Annual statistical returns and brief notes on vaccination in Bengal - 1909-1929
Year: 1909
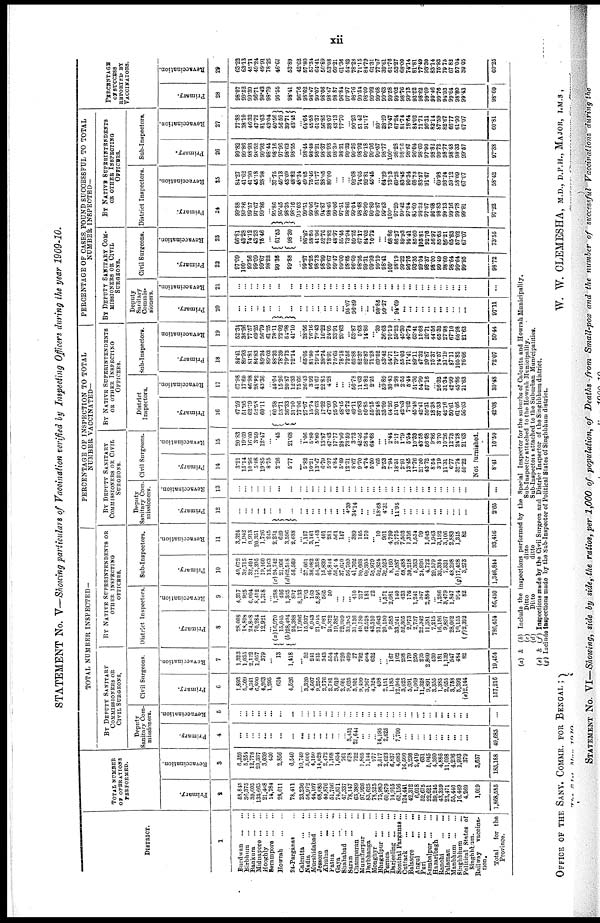
xii
STATEMENT No. V—Showing particulars of Vaccination verified by Inspecting Officers during the year 1909-10.
DISTRICT.
1
Burdwan...
...
Birbhum...
...
Bankura...
...
Midnapore...
...
Hooghly...
...
Serampore...
...
Howrah...
...
24-Parganas... ...
Calcutta...
...
Nadia...
...
Murshidabad... ...
Jessore...
...
Khulna...
...
Patna...
...
Gaya...
...
Shahabad... ...
Saran...
...
Champaran... ...
Muzaffarpur...
...
Darbhanga... ...
Monghyr...
...
Bhagalpur...
...
Purnea...
...
Darjeeling... ...
Sonthal Parganas...
Cuttack...
...
Balasore...
...
Angul...
...
Puri...
...
Barabalpur...
...
Hazaribagh ... ...
Ranchi...
...
Palamau...
...
Manbhum...
...
Singhbhum... ...
Political States of
Singhbhum.
Railway
vaccina-
tion.
Total
for the
Province.
TOTAL NUMBER
OF OPERATIONS
PERFORMED.
Primary.
2
53,845
36,375
39,605
133,665
21,468
14,784
28,011
78,411
23,236
56,972
44,107
68,685
40,876
51,756
74,571
47,337
78,047
63,389
97,926
83,625
78,525
75,980
60,879
14,915
65,156
124,441
42,312
6,018
52,675
22,621
89,245
43,359
23,471
55,440
16,469
4,269
1,019
1,868,585
Revaccination.
3
6,350
5,254
12,778
29,387
3,039
430
2,856
6,540
10,749
3,000
4,150
14,028
2,472
1,168
1,654
761
678
722
1,865
1,144
977
2,517
2,623
6,837
4,685
16,560
3,230
2,419
631
5,045
4,360
4,886
11,098
4,296
1,993
379
3,657
185,188
TOTAL NUMBER INSPECTED—
BY DEPUTY SANITARY
COMMISSIONERS OR
CIVIL SURGEONS.
Deputy
Sanitary Com-
missioners.
Primary.
4
...
...
...
... ...
...
...
...
...
...
...
...
...
...
...
... 3,431
21,644
...
...
... 14,195
2,625
... 7,790
...
...
...
...
...
... ...
... ...
...
...
...
49,685
Revaccination.
5
...
...
... ...
...
...
...
...
...
...
...
...
...
...
...
...
...
...
...
...
...
...
...
...
...
...
...
...
...
...
...
...
...
...
...
...
...
...
Civil Surgeons.
Primary.
6
1,893
5,309
4,341
6,800
4,263
1,295
634
4,526
... 3,320
4,507
9,255
2,776
2,781
3,610
2,601
9,625
5,501
9,499
3,967
4,324
498
2,151
1,185
12,064
3,628
5,691
1,069
11,328
9,891
3,355
1,385
2,655
3,758
5,392
(e)2,144
...
157,216
Revaccination.
7
1,323
1,035
2,122
1,057
379
...
13
1,418
... 32
241
813
343
554
294
220
499
27
792
664
632
...
... 167
102
298
179
250
275
2,860
430
181
1,139
547
484
82
...
19,454
BY NATIVE SUPERINTENDENTS OR
OTHER INSPECTING
OFFICERS.
District Inspectors.
Primary.
8
28,008
18,898
24,868
70,284
12,921
... (a)16,970
15,045
(b)28,494
24,388
17,906
15,937
6,943
21,043
7,081
24,372
19,387
22,939
33,385
31,136
49,780
42,528
43,310
31,643
20,150
9,585
33,241
52,305
2,973
2,737
22,342
11,381
7,215
16,186
9,897
28,062
10,155
( f) 2,392
...
786,454
Revaccination.
9
4,317
925
6,004
8,442
1,318
... 1,258
436
1,365
807
8,133
793
163
5,846
565
50
... ...
... 410
217
181
22
...
1,571
2,081
140
423
176
1,241
347
2,884
...
1,286
3,479
1,847
914
82
...
56,450
Sub-Inspectors.
Primary.
10
49,672
32,715
32,404
113,395
19,160
13,163
(c) 24,742
21,960
(d)62,5l8
56,569
...
37,061
36,082
54,358
15,839
40,814
56,404
37,010
56,709
41,762
80,668
69,305
55,979
52,824
32,523
8,160
51,587
68,488
30,218
5,363
24,926
4,722
29,579
32,334
7,321
48,298
(g) 17,428
3,273
...
1,346,844
Revaccination.
11
3,324
1,942
9,913
20,351
1,726
245
2,231
629
3,596
2,688
... 1,157
3,161
11,143
401
281
561
157
... 389
105
170
... 10
961
4,799
2,775
7,503
1,316
1,534
99
1,045
1,943
3,192
3,106
2,883
1,315
82
...
93,416
PERCENTAGE OF INSPECTION TO TOTAL
NUMBER VACCINATED—
BY DEPUTY SANITARY
COMMISSIONERS OR CIVIL
SURGEONS.
Deputy
Sanitary Com-
missioners.
Primary.
12
...
...
... ...
...
...
...
...
... ...
...
... ...
...
...
... 4.39
34.14
...
...
... 18.68
4.31
...
11.95
...
...
... ...
... ...
...
...
... ...
...
...
2.65
Revaccination.
13
...
...
...
...
...
...
...
...
...
...
...
...
...
...
...
...
...
...
...
...
...
...
...
...
...
...
...
...
...
...
...
...
...
...
...
...
...
...
Civil Surgeons.
Primary.
14
3.21
15.14
10.96
5.08
19.85
8.75
2.26
5.77
... 5.82
10.21
13.47
6.79
5.37
4.84
5.49
12.31
8.67
9.70
4.74
5.50
.65
3.53
7.94
18.51
2.91
13.45
17.76
21.60
43.72
8.64
3.19
11.31
6.77
32.74
50.22
Revaccination.
15
20.83
19.69
16.60
3.59
12.47
...
.45
21.68
... 1.06 5.80
5.80
13.87
47.43
17.77
29.90
73.59
3.73
42.46
58.04
64.68
...
... 2.44
2.17
1.79
5.54
10.83
43.58
56.68
9.86
3.70
10.26
12.78
24.28
21.63
Not furnished.
8.41
10.50
BY NATIVE SUPERINTENDENTS
OR OTHER INSPECTING
OFFICERS.
District
Inspectors.
Primary.
16
47.59
51.95
62.79
52.58
60.11
... 60.58
53.71
36.33
31.10
77.06
27.97
15.74
30.63
17.32
47.09
25.99
48.45
42.72
49.11
50.83
50.85
55.15
28.48
33.09
64.26
51.01
42.03
7.02
45.48
42.41
50.81
18.88
37.33
42.16
50.61
61.66
56.03
...
42.08
Revaccination.
17
67.98
17.60
46.98
28.82
43.36
... 44.04
15.26
20.87
12.33
75.66
26.43
3.92
41.67
22.85
4.28
...
...
... 56.78
11.63
15.82
2.25
...
59.89
30.43
2.98
2.55
5.44
51.30
54.99
57.16
... 26.32
31.34
42.99
45.86
21.63
...
30.48
Sub-Inspectors.
Primary.
18
84.41
89.93
81.81
84.83
89.24
89.03
88.32
78.39
79.73
72.14
... 65.05
81.80
79.14
38.74
78.91
75.65
78.18
72.56
65.88
82.37
82.87
71.28
69.52
53.42
54.71
79.17
55.03
71.41
89.11
47.32
20.87
75.87
74.57
31.19
87.11
105.82
76.66
...
72.07
Revaccination
19
52.34
36.96
77.57
69.25
56.79
61.25
78.11
22.02
54.98
41.10
... 38.56
76.16
79.43
16.22
24.05
33.91
20.63
...
53.87
5.63
14.86
... .39
36.63
70.19
59.23
45.30
40.74
63.41
15.68
20.71
44.56
65.32
27.98
67.10
66.98
21.63
...
50.44
PERCENTAGE OF CASES FOUND SUCCESSFUL TO TOTAL
NUMBER INSPECTED—
BY DEPUTY SANITARY COM-
---------- OR CIVIL
SURGEONS.
Deputy
Sanitary
Commis-
sioners.
Primary.
20
...
...
...
... ...
...
...
...
...
...
... ...
...
... ...
...
95.07
96.89
...
...
...
98.85
99.27
...
94.69
...
...
...
...
... ...
...
...
...
... ...
...
97.11
Revaccination.
21
...
...
... ...
...
...
...
...
...
... ...
...
...
...
...
...
...
...
...
...
...
...
...
...
...
...
...
...
...
...
...
...
...
...
...
...
...
...
Civil Surgeons.
Primary.
22
97.09
100.
99.56
99.09
99.67
98.22
99.36
99.88
...
99.27
96.25
98.73
98.99
99.67
99.47
99.00
98.65
96.60
98.95
99.31
99.93
99.19
98.41
100.
98.19
99.22
96.76
98.35
99.04
98.37
98.00
99.49
98.60
98.64
99.64
99.95
...
98.72
Revaccination.
23
66.81
43.28
74.12
43.23
75.46
...
61.53
98.80
...
96.87
58.60
41.96
52.76
73.82
48.97
55.45
73.94
59.25
67.17
84.03
70.72
...
...
68.86
86.27
89.93
94.41
85.60
93.81
92.76
56.97
85.63
86.21
65.83
57.02
67.07
...
73.55
BY NATIVE SUPERINTENDENTS
OR OTHER INSPECTING
OFFICERS.
District Inspectors.
Primary.
24
99.88
99.86
99.57
97.67
99.86
... 95.86
95.45
98.35
98.16
95.03
99.51
99.06
98.47
94.87
98.65
99.06
97.51
98.86
99.04
98.68
98.99
99.89
99.87
99.63
100.
97.29
99.42
97.84
85.60
98.32
97.87
96.68
98.83
99.13
99.16
99.78
99.91
...
97.23
Revaccination.
25
84.27
41.62
41.90
45.18
28.98
... 37.75
40.13
43.09
48.82
48.34
49.05
75.46
51.77
38.05
80.00
... ...
... 92.68
74.65
92.81
45.45
... 64.29
73.13
69.23
83.45
90.34
68.73
83.57
91.67
... 69.98
93.24
59.12
58.09
67.07
...
58.42
Sub-Inspeotors.
Primary.
26
99.82
99.86
98.93
98.52
99.92
98.44
98.16
97.96
98.62
98.55
...
98.44
98.48
98.21
98.37
98.93
98.39
98.31
99.32
99.26
98.92
99.18
99.96
99.57
98.77
100.
98.28
98.76
98.57
96.04
98.60
97.90
98.82
99.72
98.77
98.48
98.33
99.57
...
97.38
Revaccination.
27
77.88
38.10
46.32
47.72
81.63
42.04
40.56
56.59
39.71
43.45
... 64.64
45.58
61.37
56.85
38.07
43.13
77.70
... 90.23
51.42
91.17
... 80.
38.29
73.47
67.24
81.74
78.64
84.02
71.71
95.31
82.14
87.59
82.67
66.77
61.90
67.07
...
60.81
PERCENTAGE
OF SUCCESS
REPORTED BY
VACCINATORS.
Primary.
28
98.07
99.52
99.39
96.71
99.42
98.79
96.55
98.41
96.76
98.62
98.47
99.07
98.06
98.47
98.87
96.84
97.97
98.76
99.54
98.09
99.92
99.68
99.63
99.58
99.02
98.70
99.13
93.52
98.62
99.09
99.46
99.76
94.93
99.64
98.80
99.43
...
98.60
Revaccination.
29
63.22
63.13
45.71
49.24
49.91
78.25
46.67
53.89
42.62
57.80
57.34
64.41
50.89
53.08
60.21
61.36
54.42
78.28
71.15
84.79
61.31
77.07
39.61
61.76
53.27
68.00
74.14
81.81
77.49
93.30
83.14
75.93
79.75
67.82
57.04
39.05
...
60.25
(a) & (b) Include the inspections performed by the Special Inspector for the suburbs of Calcutta and Howrah Municipality.
(c)
Ditto
ditto
Sub-Inspector attached to the Howrah Municipality.
(d)
Ditto
ditto
Sub-Inspector attached to the Suburban Municipalities.
(e.) & (f) Inspections made by the Civil Surgeon and District Inspector of the Singhbbum district.
(g) Include inspections made by the Sub-Inspector of Political States of Singhbhum district.
OFFICE OF THE SANY. COMMR. FOR BENGAL;
The 31st May 1910.
W. W. CLEMESHA, M.D., D.P.H., MAJOR, I.M.S ,
Sanitary Commissioner for Bengal.